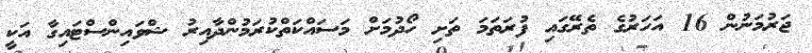
ޖަރުމަނުން 16 އަހަރުގެ ތެރޭގައި ފުރަތަމަ ތަށި ހޯދުމަށް މަސައްކަތްކުރަމުންދާއިރު ޝްވައިންސްޓައިގާ އަކީ